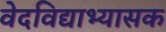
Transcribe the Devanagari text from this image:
वेदविद्याभ्यासक